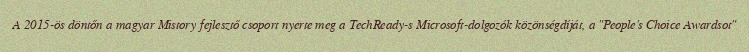
A 2015-ös döntőn a magyar Mistory fejlesztő csoport nyerte meg a TechReady-s Microsoft-dolgozók közönségdíját, a "People's Choice Awardsot"